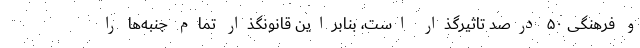
و فرهنگی ۵۰ درصد تاثیرگذار است، بنابراین قانونگذار تمام جنبه‌ها را